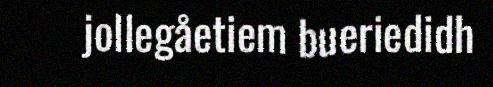
jollegåetiem bueriedidh